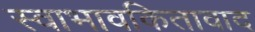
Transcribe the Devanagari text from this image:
स्वाभावकितावाद